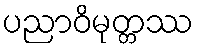
ပညာဝိမုတ္တဿ